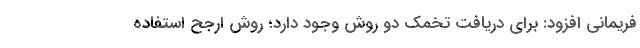
فریمانی افزود: برای دریافت تخمک دو روش وجود دارد؛ روش ارجح استفاده